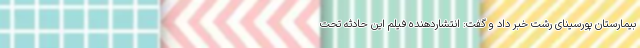
بیمارستان پورسینای رشت خبر داد و گفت: انتشاردهنده فیلم این حادثه تحت